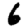
Digit: 6